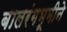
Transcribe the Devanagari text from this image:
बालरंगभूमीने